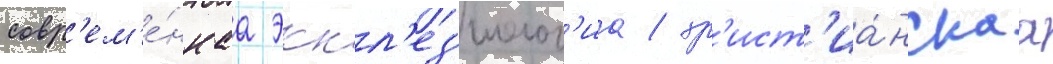
совр'ем'е́ннаа эккл'ез'иолог'иа / хр'ист'иа́нскаа